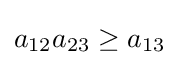
a_{12}a_{23}\geq a_{13}